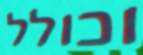
וכולל